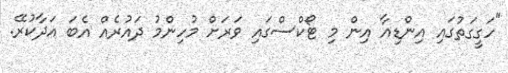
"ހަގީގަތުގައި އިންޑިއާ އިން މި ޓޯކްސްގައި ވަރަށް މުހިންމު ދައުރެއް އެބަ އަދާކުރޭ.